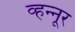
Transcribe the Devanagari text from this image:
व्हन्‍नूर